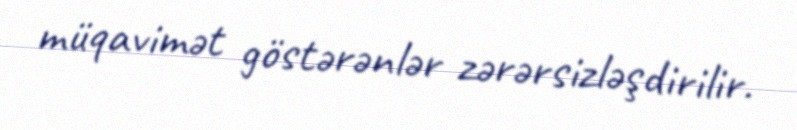
müqavimət göstərənlər zərərsizləşdirilir.